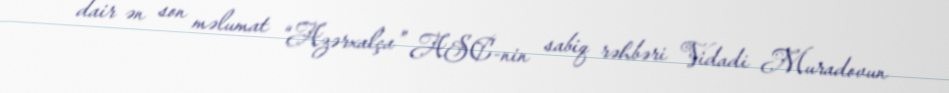
dair ən son məlumat “Azərxalça” ASC-nin sabiq rəhbəri Vidadi Muradovun